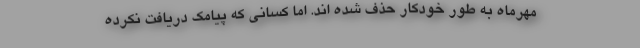
مهرماه به طور خودکار حذف شده اند. اما کسانی که پیامک دریافت نکرده